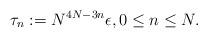
LaTeX: \begin{align*} \tau_{n} := N^{4N - 3n}\epsilon, 0 \leq n \leq N. \end{align*}